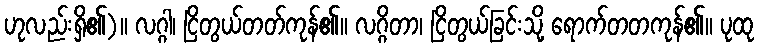
ဟုလည်းရှိ၏)။ လဂ္ဂါ၊ ငြိတွယ်တတ်ကုန်၏။ လဂ္ဂိတာ၊ ငြိတွယ်ခြင်းသို့ ရောက်တတကုန်၏။ ပုထု